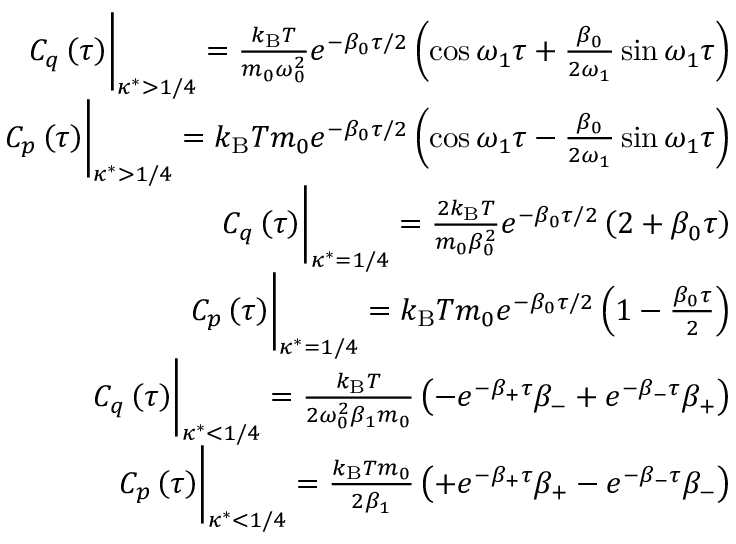
\begin{array} { r } { C _ { q } \left( \tau \right) \biggr \rvert _ { \kappa ^ { * } > 1 / 4 } = \frac { k _ { \mathrm { B } } T } { m _ { 0 } \omega _ { 0 } ^ { 2 } } e ^ { - \beta _ { 0 } \tau / 2 } \left( \cos \omega _ { 1 } \tau + \frac { \beta _ { 0 } } { 2 \omega _ { 1 } } \sin \omega _ { 1 } \tau \right) } \\ { C _ { p } \left( \tau \right) \biggr \rvert _ { \kappa ^ { * } > 1 / 4 } = k _ { \mathrm { B } } T m _ { 0 } e ^ { - \beta _ { 0 } \tau / 2 } \left( \cos \omega _ { 1 } \tau - \frac { \beta _ { 0 } } { 2 \omega _ { 1 } } \sin \omega _ { 1 } \tau \right) } \\ { C _ { q } \left( \tau \right) \biggr \rvert _ { \kappa ^ { * } = 1 / 4 } = \frac { 2 k _ { \mathrm { B } } T } { m _ { 0 } \beta _ { 0 } ^ { 2 } } e ^ { - \beta _ { 0 } \tau / 2 } \left( 2 + \beta _ { 0 } \tau \right) } \\ { C _ { p } \left( \tau \right) \biggr \rvert _ { \kappa ^ { * } = 1 / 4 } = k _ { \mathrm { B } } T m _ { 0 } e ^ { - \beta _ { 0 } \tau / 2 } \left( 1 - \frac { \beta _ { 0 } \tau } { 2 } \right) } \\ { C _ { q } \left( \tau \right) \biggr \rvert _ { \kappa ^ { * } < 1 / 4 } = \frac { k _ { \mathrm { B } } T } { 2 \omega _ { 0 } ^ { 2 } \beta _ { 1 } m _ { 0 } } \left( - e ^ { - \beta _ { + } \tau } \beta _ { - } + e ^ { - \beta _ { - } \tau } \beta _ { + } \right) } \\ { C _ { p } \left( \tau \right) \biggr \rvert _ { \kappa ^ { * } < 1 / 4 } = \frac { k _ { \mathrm { B } } T m _ { 0 } } { 2 \beta _ { 1 } } \left( + e ^ { - \beta _ { + } \tau } \beta _ { + } - e ^ { - \beta _ { - } \tau } \beta _ { - } \right) } \end{array}